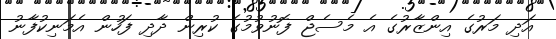
އަދި މަރުގެ އިންޒާރުގެ އެ މެސެޖް ފޮނުވުމުގެ ކުރިން ދާދި ފަހުން އެމަނިކުފާނު